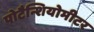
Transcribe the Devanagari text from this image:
पोटैन्शियोमीटर